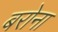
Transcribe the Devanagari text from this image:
बरोना